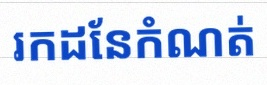
រកដែនកំណត់